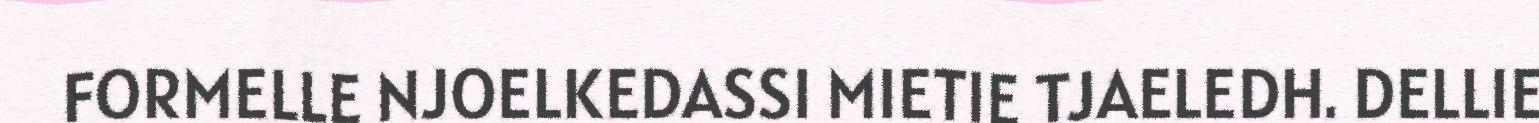
FORMELLE NJOELKEDASSI MIETIE TJAELEDH. DELLIE